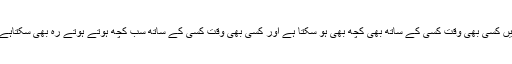
ہم سردست کچھ نہیں کہہ سکتے کیونکہ ہم واقعی ایک ایسے ملک میں رہ رہے ہیں جس میں کسی بھی وقت کسی کے ساتھ بھی کچھ بھی ہو سکتا ہے اور کسی بھی وقت کسی کے ساتھ سب کچھ ہوتے ہوتے رہ بھی سکتاہے چنانچہ شاید خاتون سول جج کو چیف جسٹس کے حکم کے بعد بھی انصاف نہ مل سکا ہو۔